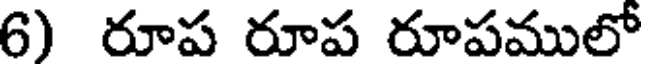
6) రూప రూప రూపములో